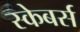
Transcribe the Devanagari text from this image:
स्केबर्स